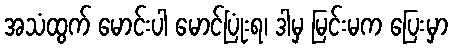
အသံထွက် မောင်းပါ မောင်ပြုံးရ၊ ဒါမှ မြင်းမက ပြေးမှာ